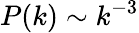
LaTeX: P(k)\sim k^{-3}